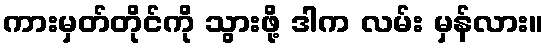
ကားမှတ်တိုင်ကို သွားဖို့ ဒါက လမ်း မှန်လား။